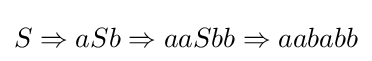
S\Rightarrow aSb\Rightarrow aaSbb\Rightarrow aababb